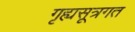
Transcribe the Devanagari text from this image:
गृह्यसूत्रगत